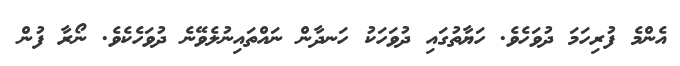
އެންމެ ފުރިހަމަ ދުވަހެވެ. ހަޔާތުގައި ދުވަހަކު ހަނދާން ނައްތައިނުލެވޭނެ ދުވަހެކެވެ. ނޯރާ ފުން